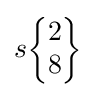
s{\begin{Bmatrix}2\\8\end{Bmatrix}}